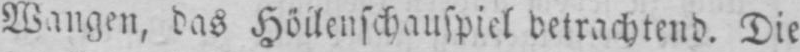
betrachtend. Die